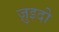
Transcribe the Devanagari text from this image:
ज़ुइदो